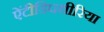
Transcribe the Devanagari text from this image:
ऐंटीडिपथीरिया